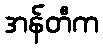
အန်တီက